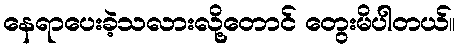
နေရာပေးခဲ့သလားလို့တောင် တွေးမိပါတယ်။